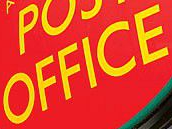
OFFICE